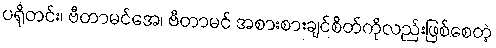
ပရိုတင်း၊ ဗီတာမင်အေ၊ ဗီတာမင် အစားစားချင်စိတ်ကိုလည်းဖြစ်စေတဲ့